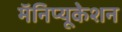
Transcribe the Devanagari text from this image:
मॅनिप्यूकेशन